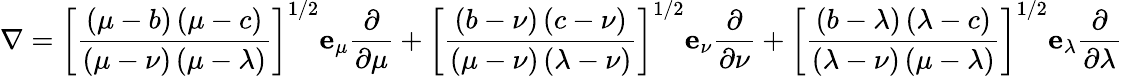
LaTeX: \nabla=\left[{\frac{\left(\mu-b\right)\left(\mu-c\right)}{\left(\mu-\nu\right)\left(\mu-\lambda\right)}}\right]^{1/2}\mathbf{e}_{\mu}{\frac{\partial}{\partial\mu}}+\left[{\frac{\left(b-\nu\right)\left(c-\nu\right)}{\left(\mu-\nu\right)\left(\lambda-\nu\right)}}\right]^{1/2}\mathbf{e}_{\nu}{\frac{\partial}{\partial\nu}}+\left[{\frac{\left(b-\lambda\right)\left(\lambda-c\right)}{\left(\lambda-\nu\right)\left(\mu-\lambda\right)}}\right]^{1/2}\mathbf{e}_{\lambda}{\frac{\partial}{\partial\lambda}}